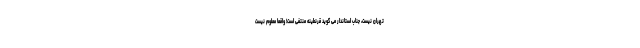
تهران نیست، جناب استاندار می گوید قرنطینه منتفی است! واقعا معلوم نیست